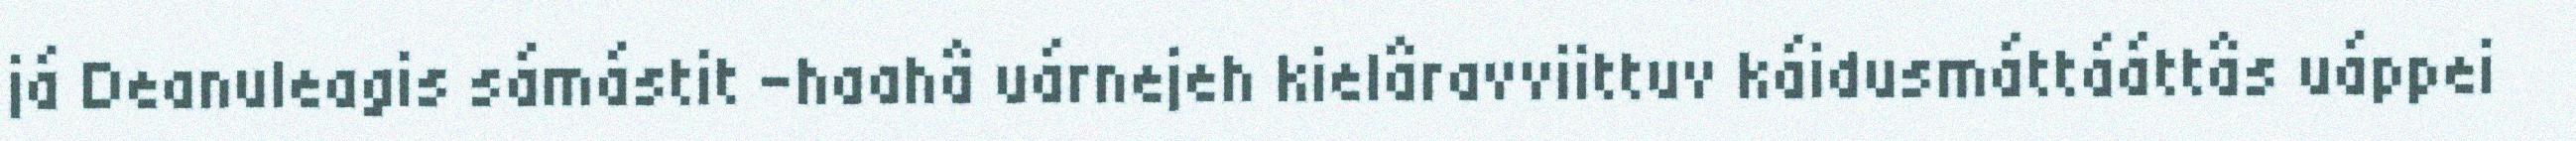
já Deanuleagis sámástit -haahâ uárnejeh kielâravviittuv káidusmáttááttâs uáppei